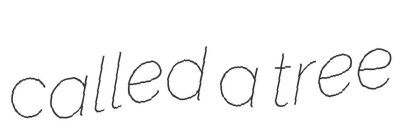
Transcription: called a tree